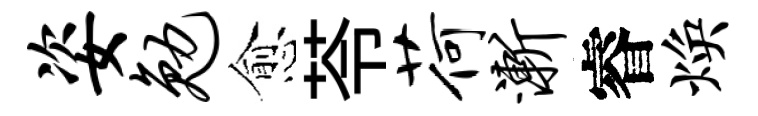
姿勉愈苓荷渐睿焕